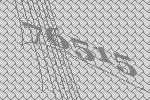
76515